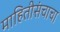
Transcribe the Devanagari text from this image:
माहितीसंचाचा